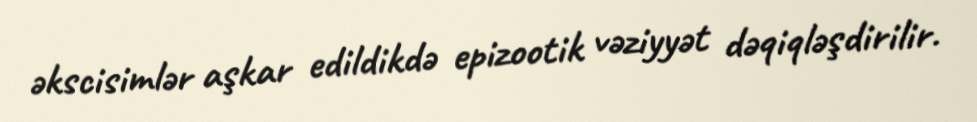
əkscisimlər aşkar edildikdə epizootik vəziyyət dəqiqləşdirilir.